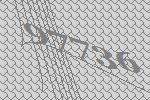
97736